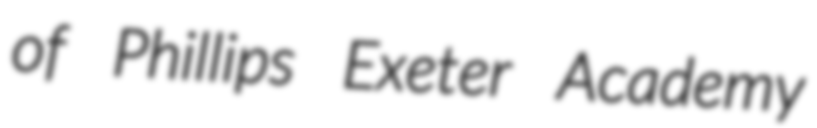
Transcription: of Phillips Exeter Academy